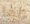
ربما